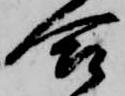
合